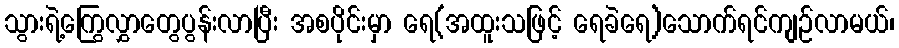
သွားရဲ့ကြွေလွှာတွေပွန်းလာပြီး အစပိုင်းမှာ ရေ(အထူးသဖြင့် ရေခဲရေ)သောက်ရင်ကျဉ်လာမယ်၊